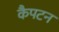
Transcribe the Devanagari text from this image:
कैपटन